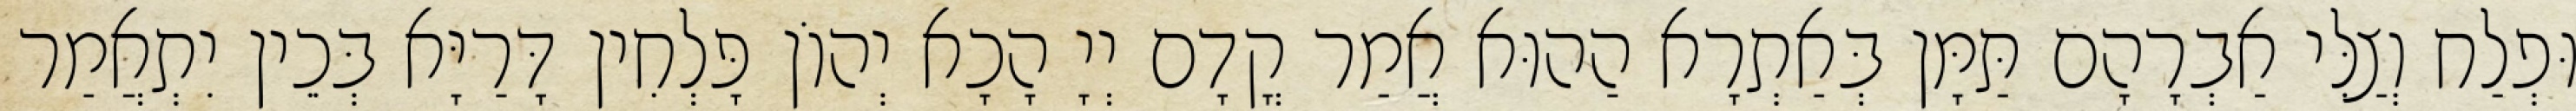
וּפְלַח וְצַלִּי אַבְרָהָם תַּמָּן בְּאַתְרָא הַהוּא אֲמַר קֳדָם יְיָ הָכָא יְהוֹן פָּלְחִין דָּרַיָּא בְּכֵין יִתְאֲמַר